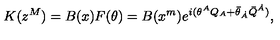
K ( z ^ { M } ) = B ( x ) F ( \theta ) = B ( x ^ { m } ) e ^ { i ( \theta ^ { A } Q _ { A } + \bar { \theta } _ { \dot { A } } \bar { Q } ^ { \dot { A } } ) } ,